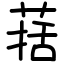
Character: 葀